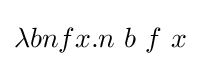
\lambda bnfx.n\ b\ f\ x